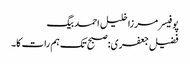
پوفیسر مرزا خلیل احمد بیگ
فضیل جعفری: صبح تک ہم رات کا۔